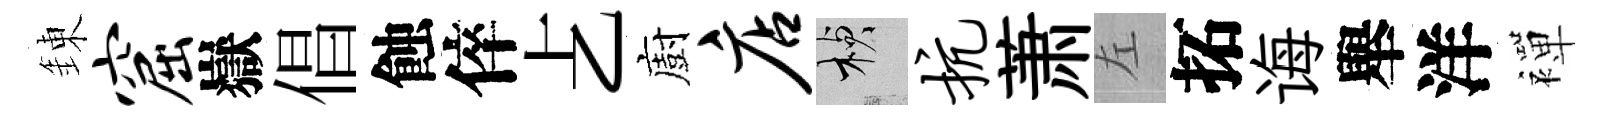
錬窟嶽倡蝕倅𠧒廚店楨抗萧左拓诲舉洋襌